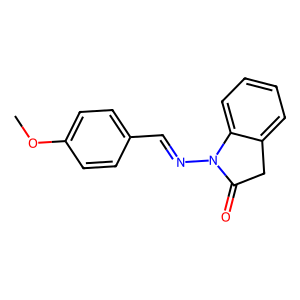
SMILES: COc1ccc(C=NN2C(=O)Cc3ccccc32)cc1
Inhibits HIV replication: No